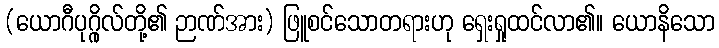
(ယောဂီပုဂ္ဂိုလ်တို့၏ ဉာဏ်အား) ဖြူစင်သောတရားဟု ရှေးရှုထင်လာ၏။ ယောနိသော